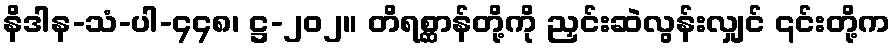
နိဒါန-သံ-ပါ-၄၄၈၊ ဋ္ဌ-၂၀၂။ တိရစ္ဆာန်တို့ကို ညှင်းဆဲလွန်းလျှင် ၎င်းတို့က